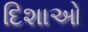
દિશાઓ